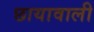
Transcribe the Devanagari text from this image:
छायावाली